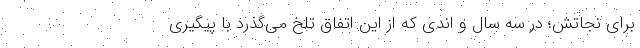
برای نجاتش؛ در سه سال و اندی که از این اتفاق تلخ می‌گذرد با پیگیری